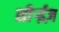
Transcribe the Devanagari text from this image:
सीर्‍ईज़